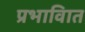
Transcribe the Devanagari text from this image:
प्रभावाित